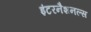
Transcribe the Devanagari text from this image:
इंटरनैशनल्स